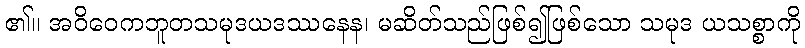
၏။ အဝိဝေကဘူတသမုဒယဒဿနေန၊ မဆိတ်သည်ဖြစ်၍ဖြစ်သော သမုဒ ယသစ္စာကို